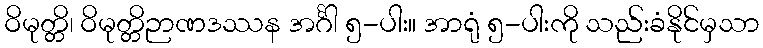
ဝိမုတ္တိ၊ ဝိမုတ္တိဉာဏဒဿန အင်္ဂါ ၅-ပါး။ အာရုံ ၅-ပါးကို သည်းခံနိုင်မှသာ